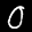
Label: 0